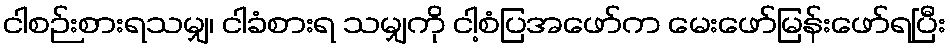
ငါစဉ်းစားရသမျှ၊ ငါခံစားရ သမျှကို ငါ့စံပြအဖော်က မေးဖော်မြန်းဖော်ရပြီး